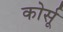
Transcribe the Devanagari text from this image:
कोर्सू